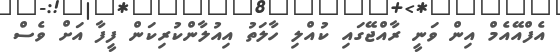
އެފްއޭއެމް އިން ވަނީ ރާއްޖޭގައި ކުއްލި ހާލަތު އިއުލާންކުރިކަން ފީފާ އަށް ވެސް